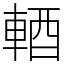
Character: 輏